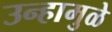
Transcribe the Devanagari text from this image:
उन्हामुळे